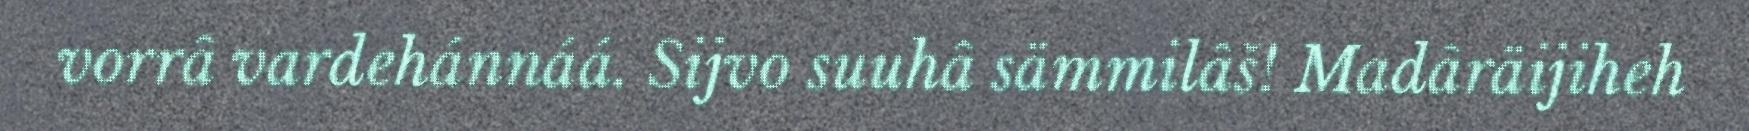
vorrâ vardehánnáá. Sijvo suuhâ sämmilâš! Madâräijiheh